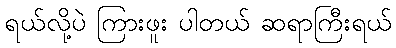
ရယ်လို့ပဲ ကြားဖူး ပါတယ် ဆရာကြီးရယ်